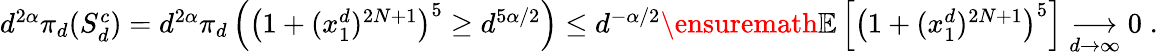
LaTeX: \begin{array}{r}{d^{2\alpha}\pi_{d}(S_{d}^{c})=d^{2\alpha}\pi_{d}\left(\left(1+(x_{1}^{d})^{2N+1}\right)^{5}\geq d^{5\alpha/2}\right)\leq d^{-\alpha/2}\ensuremath{\mathbb{E}\left[\left(1+(x_{1}^{d})^{2N+1}\right)^{5}\right]}\underset{d\to\infty}{\longrightarrow}0\; .}\end{array}